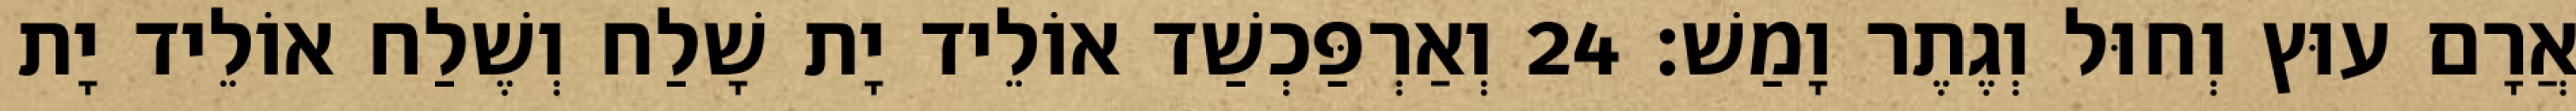
אֲרָם עוּץ וְחוּל וְגֶתֶר וָמַשׁ׃ 24 וְאַרְפַּכְשַׁד אוֹלֵיד יָת שָׁלַח וְשֶׁלַח אוֹלֵיד יָת